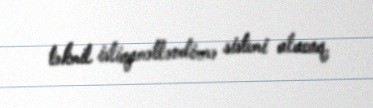
təkmil istiqamətləndirmə sistemi alacaq.